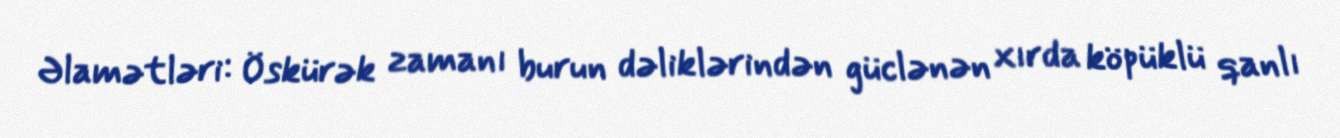
Əlamətləri: Öskürək zamanı burun dəliklərindən güclənən xırda köpüklü qanlı